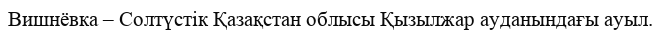
Вишнёвка – Солтүстік Қазақстан облысы Қызылжар ауданындағы ауыл.